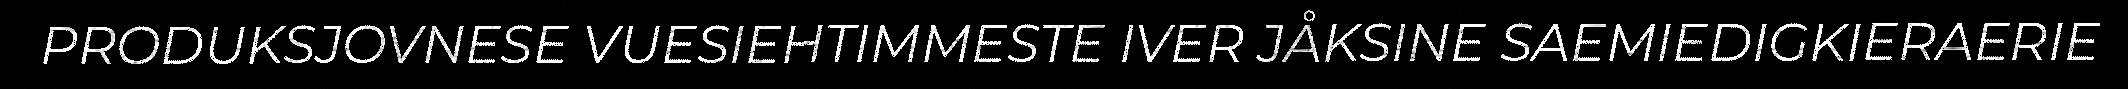
PRODUKSJOVNESE VUESIEHTIMMESTE IVER JÅKSINE SAEMIEDIGKIERAERIE